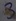
Text: 3